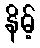
နိမ့်